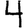
Digit: 4